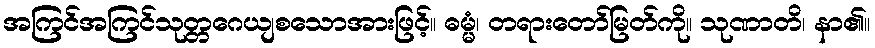
အကြင်အကြင်သုတ္တဂေယျစသောအားဖြင့်။ ဓမ္မံ၊ တရားတော်မြတ်ကို။ သုဏာတိ၊ နာ၏။